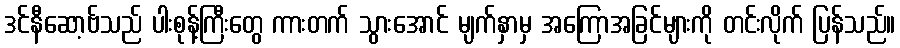
ဒင်နီဆော့ဗ်သည် ပါးစုန့်ကြီးတွေ ကားတက် သွားအောင် မျက်နှာမှ အကြောအခြင်များကို တင်းလိုက် ပြန်သည်။